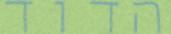
הדוד